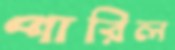
পারিল